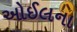
ઓઈલના